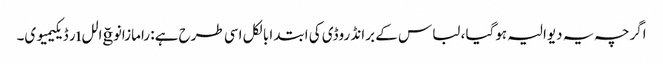
اگرچہ یہ دیوالیہ ہوگیا ، لباس کے برانڈ روڈی کی ابتدا بالکل اسی طرح ہے: رامازانوğاللıر ڈیکیمیوی۔